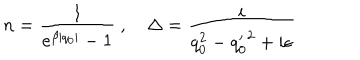
n = \frac { 1 } { e ^ { \beta | q _ { 0 } | } - 1 } ~ , ~ { \Delta } = \frac { i } { q _ { 0 } ^ { 2 } - { q _ { 0 } ^ { \prime } } ^ { 2 } + i \epsilon }